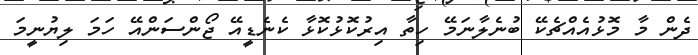
ދެން މާ މޮޅުއެއްޗެކޭ ބުނެލާނަމޭ ހިތާ އިރުކޮޅުކޮޅާ ކެނެޑީއޭ ޖޯންސަންއޭ ހަމަ ލިޔުނީމަ